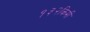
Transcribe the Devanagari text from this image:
१३२किमी